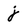
Character: j